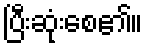
ပြီးဆုံးစေ၏။